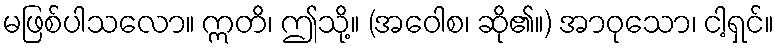
မဖြစ်ပါသလော။ ဣတိ၊ ဤသို့။ (အဝေါစ၊ ဆို၏။) အာဝုသော၊ ငါ့ရှင်။